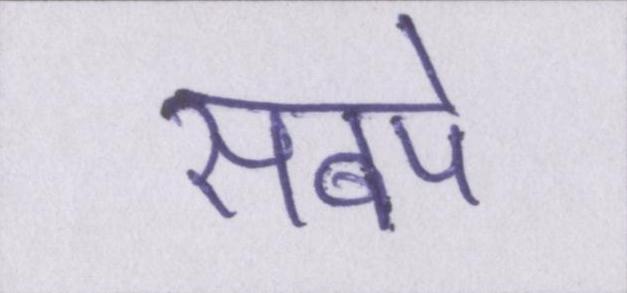
सबपे